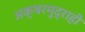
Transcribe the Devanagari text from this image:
अक्षरमुद्राही